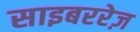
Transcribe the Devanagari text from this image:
साइबररेज़